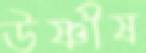
উষ্ণীষ